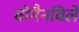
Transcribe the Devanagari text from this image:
बोमैनविले